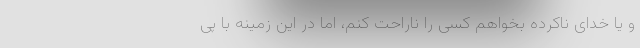
و یا خدای ناکرده بخواهم کسی را ناراحت کنم، اما در این زمینه با پی